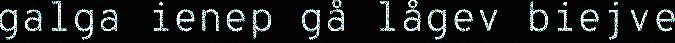
galga ienep gå lågev biejve